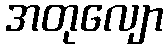
အတုလျော